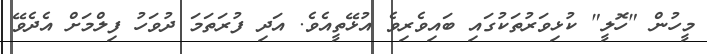
މީހުން "ހޮލީ" ކުޅިވަރުތަކުގައި ބައިވެރިވެ އުޅޭތީއެވެ. އަދި ފުރަތަމަ ދުވަހު ފިލްމަށް އެދެވޭ